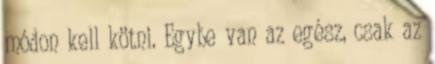
módon kell kötni. Egybe van az egész, csak az